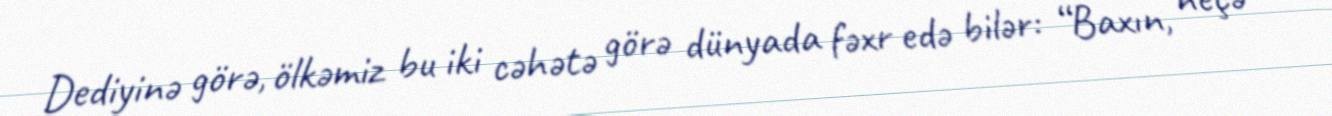
Dediyinə görə, ölkəmiz bu iki cəhətə görə dünyada fəxr edə bilər: “Baxın, neçə